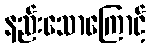
နည်းသောကြောင့်